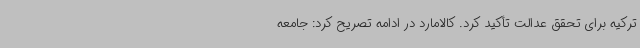
ترکیه برای تحقق عدالت تأکید کرد. کالامارد در ادامه تصریح کرد: جامعه